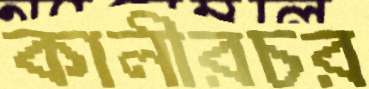
কালীরচর